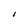
Character: I